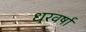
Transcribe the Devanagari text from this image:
धरवर्षा